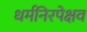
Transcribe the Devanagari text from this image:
धर्मनिरपेक्षव